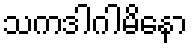
သကဒါဂါမိနော